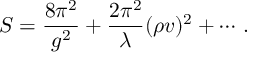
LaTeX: S = \frac { 8 \pi ^ { 2 } } { g ^ { 2 } } + \frac { 2 \pi ^ { 2 } } { \lambda } ( \rho v ) ^ { 2 } + \cdots \, .